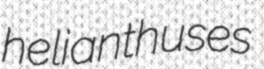
helianthuses